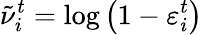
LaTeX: \tilde{\nu}_{i}^{t}=\log\left(1-\varepsilon_{i}^{t}\right)